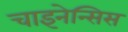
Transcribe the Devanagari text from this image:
चाइनेन्सिस